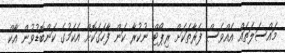
މައްސަލަތައް އެއްވެސް ފަރާތަކަށް ރިޕޯޓް ނުކުރާ ކަން ފާހަގަކޮށް އެކަމުގެ ކަންބޮޑުވުން އާކް